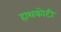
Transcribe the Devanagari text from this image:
हाथकोटी